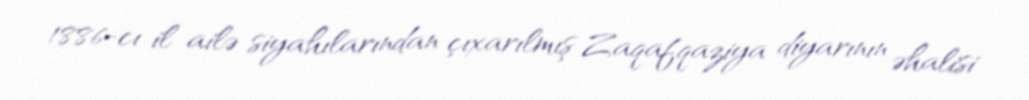
1886-cı il ailə siyahılarından çıxarılmış Zaqafqaziya diyarının əhalisi